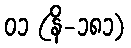
၀၁ (နိ-၁၈၁)